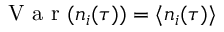
\mathrm { ~ V ~ a ~ r ~ } ( n _ { i } ( \tau ) ) = \langle n _ { i } ( \tau ) \rangle